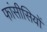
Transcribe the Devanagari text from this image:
फांसीसियों